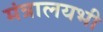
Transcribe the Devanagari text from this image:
मंत्रालयभी